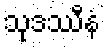
သုဒဿီနံ